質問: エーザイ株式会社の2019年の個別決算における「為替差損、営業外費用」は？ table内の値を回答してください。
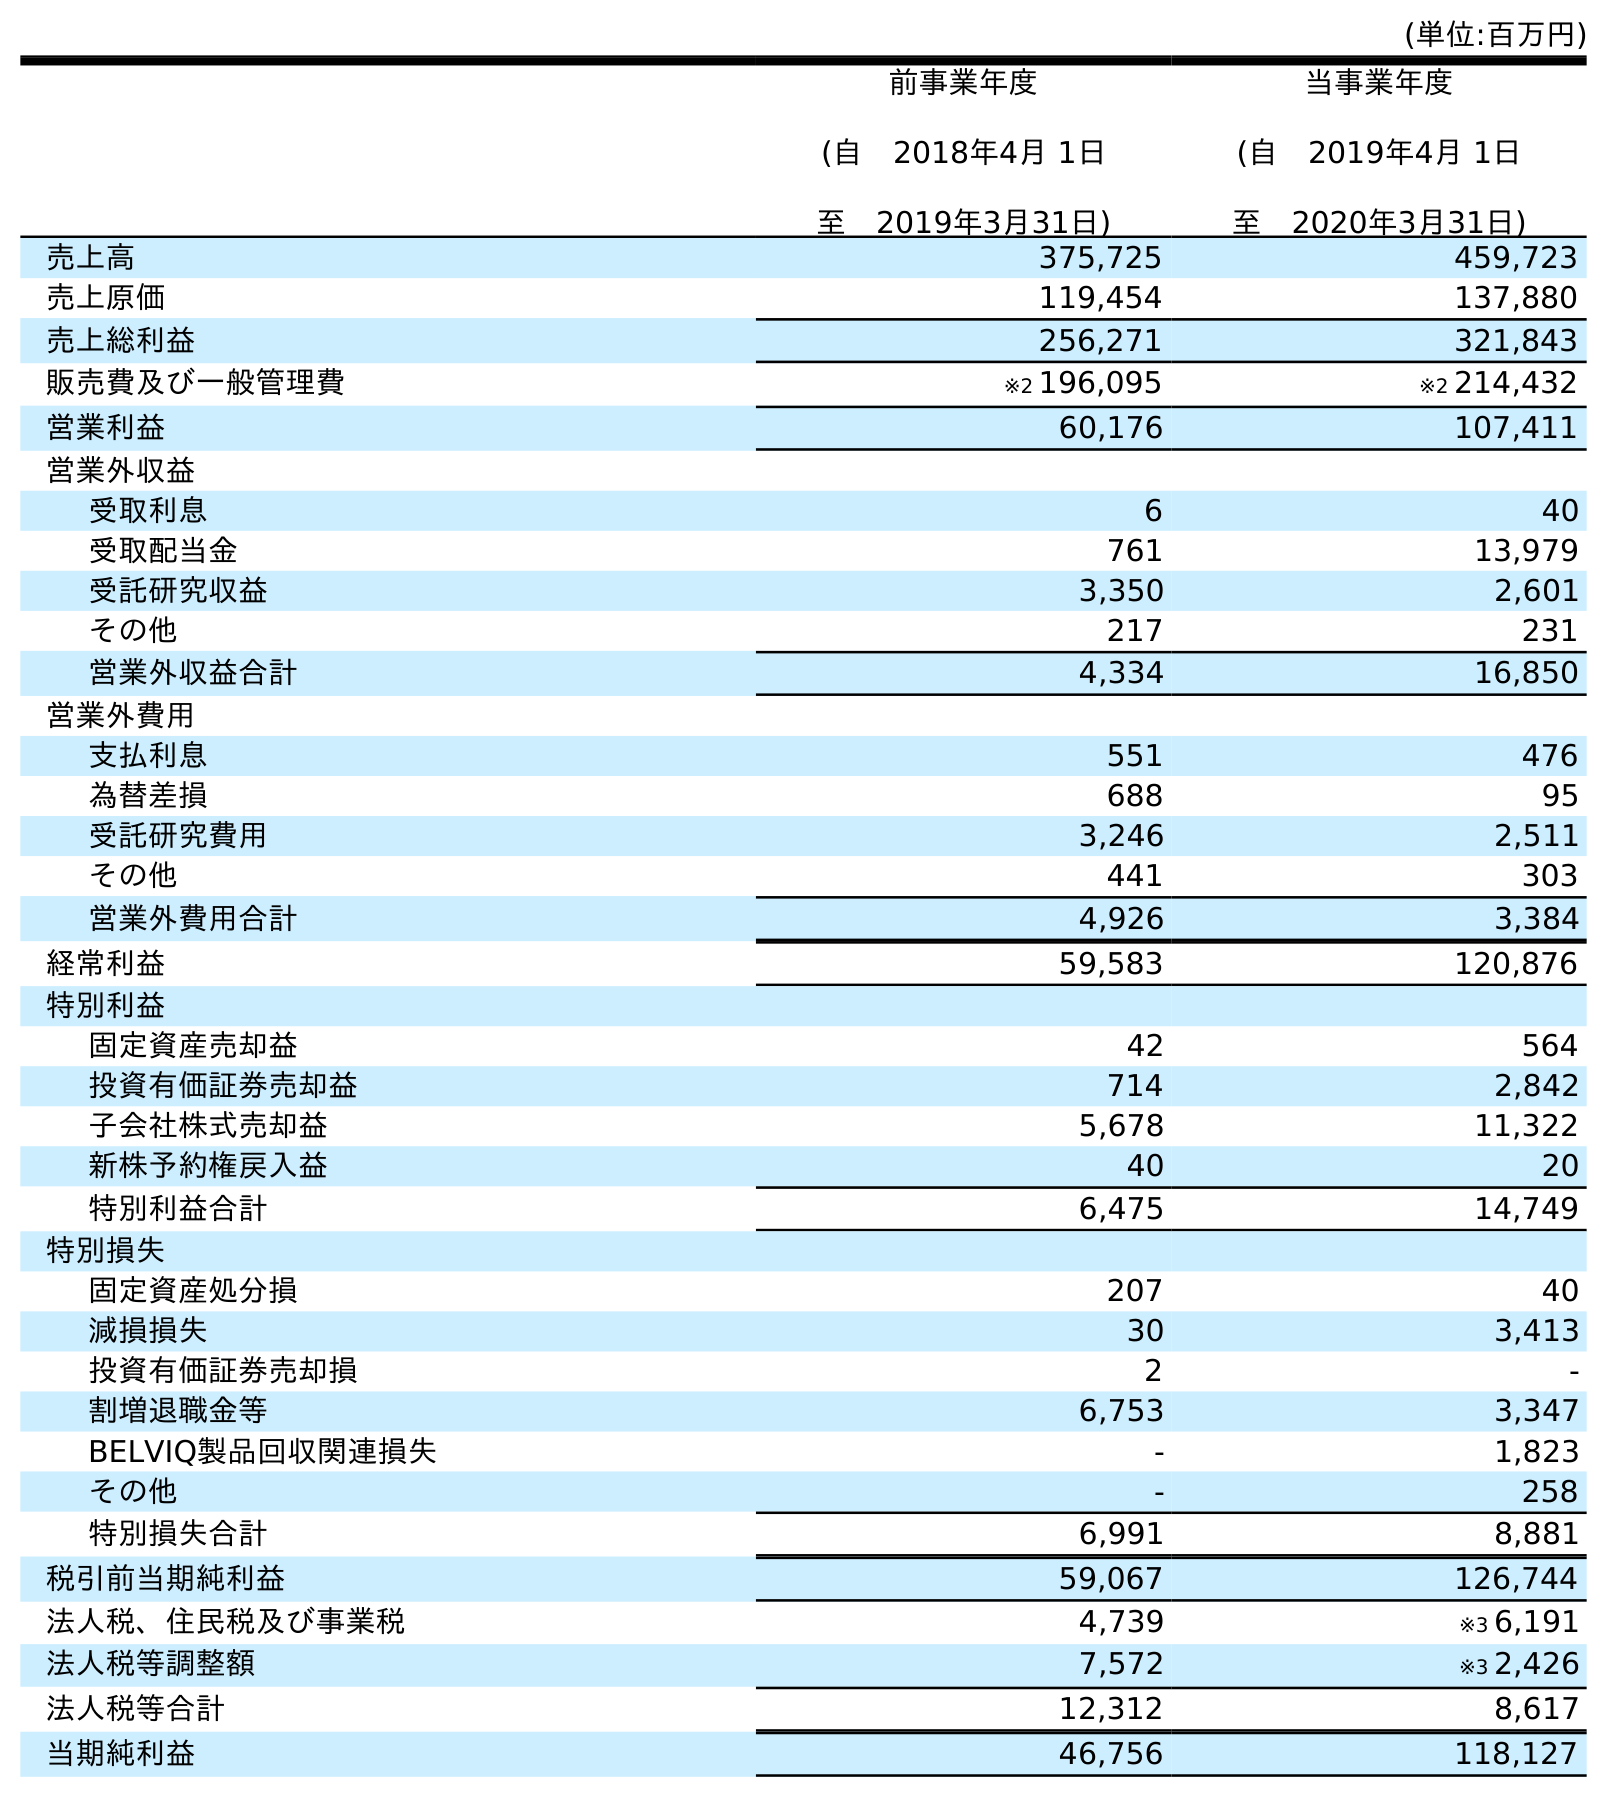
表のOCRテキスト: (単位:百万円) 前事業年度 (自 2018年4月 1日 至 2019年3月31日) 当事業年度 (自 2019年4月 1日 至 2020年3月31日) 売上高 375,725 459,723 売上原価 119,454 137,880 売上総利益 256,271 321,843 販売費及び一般管理費 ※2 196,095 ※2 214,432 営業利益 60,176 107,411 営業外収益 受取利息 6 40 受取配当金 761 13,979 受託研究収益 3,350 2,601 その他 217 231 営業外収益合計 4,334 16,850 営業外費用 支払利息 551 476 為替差損 688 95 受託研究費用 3,246 2,511 その他 441 303 営業外費用合計 4,926 3,384 経常利益 59,583 120,876 特別利益 固定資産売却益 42 564 投資有価証券売却益 714 2,842 子会社株式売却益 5,678 11,322 新株予約権戻入益 40 20 特別利益合計 6,475 14,749 特別損失 固定資産処分損 207 40 減損損失 30 3,413 投資有価証券売却損 2 - 割増退職金等 6,753 3,347 BELVIQ製品回収関連損失 - 1,823 その他 - 258 特別損失合計 6,991 8,881 税引前当期純利益 59,067 126,744 法人税、住民税及び事業税 4,739 ※3 6,191 法人税等調整額 7,572 ※3 2,426 法人税等合計 12,312 8,617 当期純利益 46,756 118,127
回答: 688